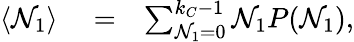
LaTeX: \begin{array}{rlr}{\langle\mathcal{N}_{1}\rangle}&{{}=}&{\sum_{\mathcal{N}_{1}=0}^{k_{C}-1}\mathcal{N}_{1}P(\mathcal{N}_{1}),}\end{array}